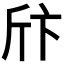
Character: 𰕞